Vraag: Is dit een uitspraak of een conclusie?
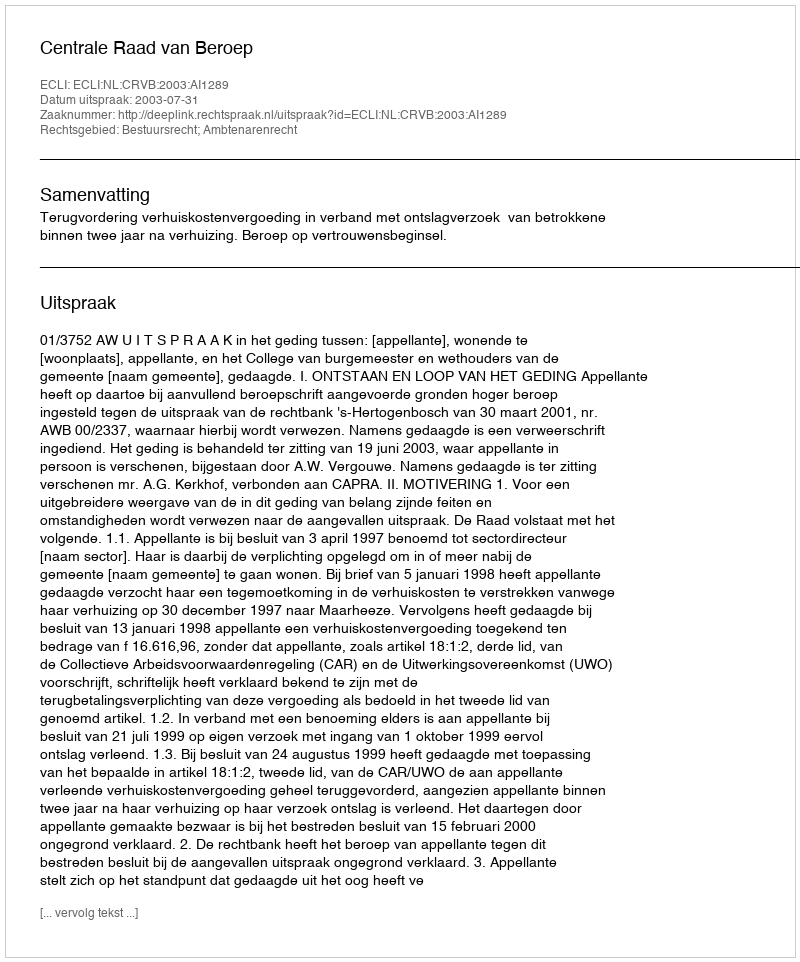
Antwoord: Uitspraak